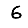
Digit: 6